Sanitation, dispensaries and jails vaccination Rajputana 1922-1927 - 1922-1927
Year: 1922
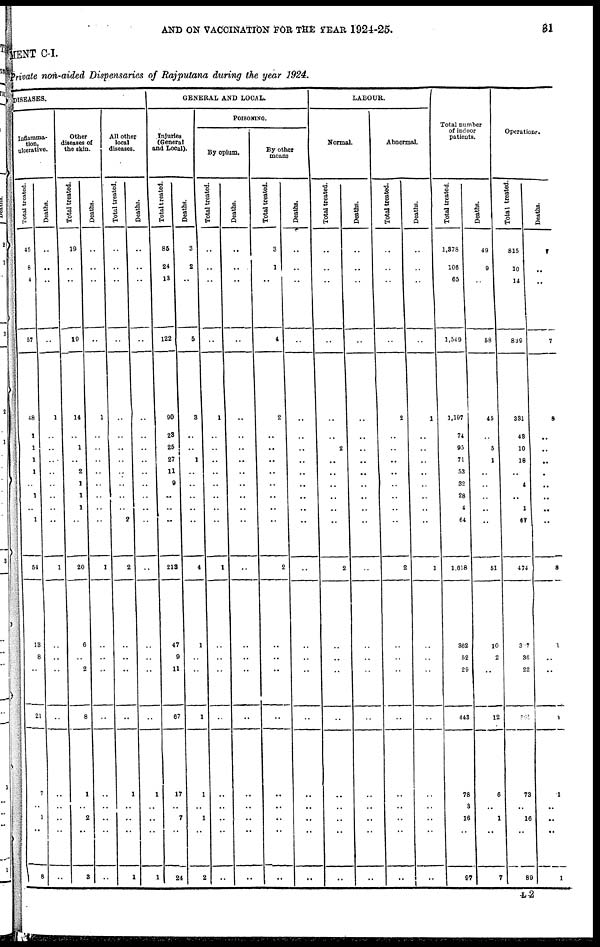
AND ON VACCINATION FOR THE YEAR 1924-25.
81
MENT C-I.
Private non-aided Dispensaries of Rajputana during the year 1924.
DISEASES.
Inflamma¬
tion,
ulcerative.
Total treated.
45
8
4
57
48
1
1
1
1
..
1
..
1
54
18
8
..
21
7
..
1
..
8
Deaths.
..
..
..
..
1
..
..
..
..
..
..
..
..
1
..
..
..
..
..
..
..
..
..
Other
diseases of
the skin.
Total treated.
19
..
..
19
14
..
1
..
2
1
1
1
..
20
6
..
2
8
1
..
2
..
3
Deaths.
..
..
..
..
1
..
..
..
..
..
..
..
..
1
..
..
..
..
..
..
..
..
..
All other
local
diseases.
Total treated.
..
..
..
..
..
..
..
..
..
..
..
..
2
2
..
..
..
..
1
..
..
..
1
Deaths.
..
..
..
..
..
..
..
..
..
..
..
..
..
..
..
..
..
..
1
..
..
..
1
GENERAL AND LOCAL.
Injuries
(General
and Local).
Total treated.
85
24
13
122
90
23
25
27
11
9
..
..
..
213
47
9
11
67
17
..
7
..
24
Deaths.
3
2
..
5
3
..
..
1
..
..
..
..
..
4
1
..
..
1
1
..
1
..
2
POISONING.
By opium.
Total treated.
..
..
..
..
1
..
..
..
..
..
..
..
..
1
..
..
..
..
..
..
..
..
..
Deaths.
..
..
..
..
..
..
..
..
..
..
..
..
..
..
..
..
..
..
..
..
..
..
..
By other
means
Total treated.
3
1
..
4
2
..
..
..
..
..
..
..
..
2
..
..
..
..
..
..
..
..
..
Deaths.
..
..
..
..
..
..
..
..
..
..
..
..
..
..
..
..
..
..
..
..
..
..
..
LABOUR.
Normal.
Total treated.
..
..
..
..
..
..
2
..
..
..
..
..
..
2
..
..
..
..
..
..
..
..
..
Deaths.
..
..
..
..
..
..
..
..
..
..
..
..
..
..
..
..
..
..
..
..
..
..
..
Abnormal.
Total treated.
..
..
..
..
2
..
..
..
..
..
..
..
..
2
..
..
..
..
..
..
..
..
..
Deaths.
..
..
..
..
1
..
..
..
..
..
..
..
..
1
..
..
..
..
..
..
..
..
..
Total number
of indoor
patients.
Total treated.
1,378
106
65
1,549
1,197
74
95
71
53
32
28
4
64
1,618
362
52
29
443
78
3
16
..
97
Deaths.
49
9
..
58
45
..
5
1
..
..
..
..
..
51
10
2
..
12
6
..
1
..
7
Operation.
Total treated.
815
10
14
839
331
43
10
18
..
4
..
1
67
474
307
36
22
865
73
..
16
..
89
Deaths.
7
..
..
7
8
..
..
..
..
..
..
..
..
8
1
..
..
1
1
..
..
..
1
L 2